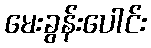
မေးခွန်းပေါင်း